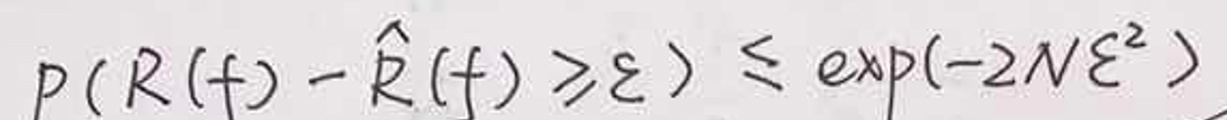
\[
p(R(f)-\hat{R}(f)\geq\varepsilon)\leq\exp(-2N\varepsilon^{2})
\]